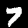
Label: 7